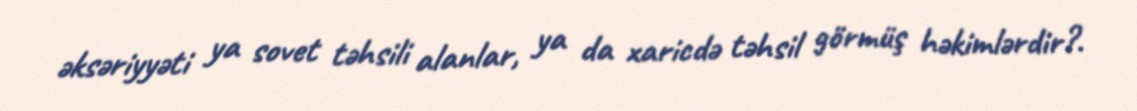
əksəriyyəti ya sovet təhsili alanlar, ya da xaricdə təhsil görmüş həkimlərdir?.